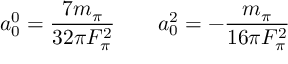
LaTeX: a _ { 0 } ^ { 0 } = { \frac { 7 m _ { \pi } } { 3 2 \pi F _ { \pi } ^ { 2 } } } \qquad a _ { 0 } ^ { 2 } = - { \frac { m _ { \pi } } { 1 6 \pi F _ { \pi } ^ { 2 } } }